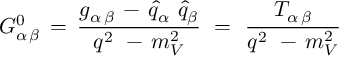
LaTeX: G _ { \alpha \, \beta } ^ { 0 } \, = \, \frac { g _ { \alpha \, \beta } \, - \, { \hat { q } } _ { \alpha } \, \, { \hat { q } } _ { \beta } } { q ^ { 2 } \, \, - \, m _ { V } ^ { 2 } } \, \, = \, \, \frac { T _ { \alpha \, \beta } } { q ^ { 2 } \, \, - \, m _ { V } ^ { 2 } }